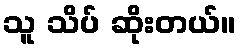
သူ သိပ် ဆိုးတယ်။